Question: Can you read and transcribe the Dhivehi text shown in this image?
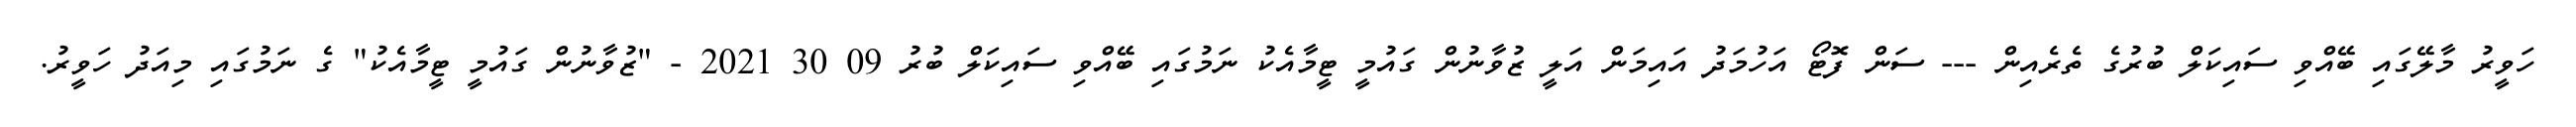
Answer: ހަވީރު މާލޭގައި ބޭއްވި ސައިކަލް ބުރުގެ ތެރެއިން --- ސަން ފޮޓޯ އަހުމަދު އައިމަން އަލީ ޒުވާނުން ގައުމީ ޓީމާއެކު ނަމުގައި ބޭއްވި ސައިކަލް ބުރު 09 30 2021 - "ޒުވާނުން ގައުމީ ޓީމާއެކު" ގެ ނަމުގައި މިއަދު ހަވީރު.